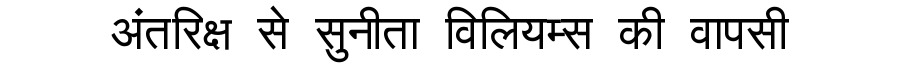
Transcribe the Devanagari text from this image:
अंतरिक्ष से सुनीता विलियम्स की वापसी